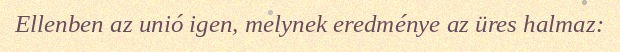
Ellenben az unió igen, melynek eredménye az üres halmaz: